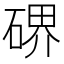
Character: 𥔅